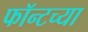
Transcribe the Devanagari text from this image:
फॉन्टच्या